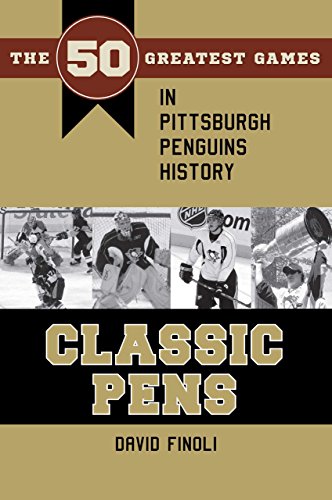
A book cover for Classic Pens: The 50 Greatest Games in Pittsburgh Penguins History (Classic Sports); David Finoli; Sports & Outdoors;